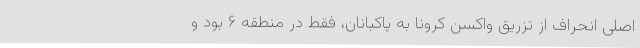
اصلی انحراف از تزریق واکسن کرونا به پاکبانان، فقط در منطقه ۶ بود و